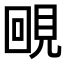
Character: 𧠲